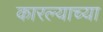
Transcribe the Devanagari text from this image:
कारल्याच्या